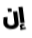
إن